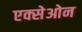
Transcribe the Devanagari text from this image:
एक्सेओन